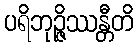
ပရိဘုဉ္ဇိဿန္တီတိ